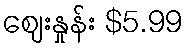
ဈေးနှုန်း $5.99